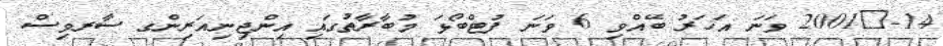
14-	2001 ވަނަ އަހަރު ބޭއްވި 6 ވަނަ ފުޓްބޯޅަ މުބާރާތުގައި އިންޖިނިއަރިންގ ސާރވިސް